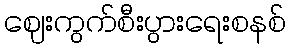
ဈေးကွက်စီးပွားရေးစနစ်